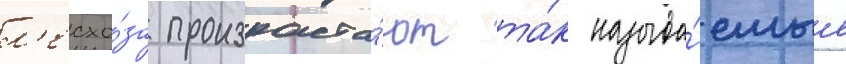
л'есхо́за произраста́ют та́к называ́емые